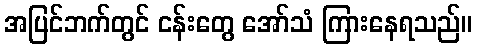
အပြင်ဘက်တွင် ငန်းတွေ အော်သံ ကြားနေရသည်။